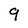
Character: 9